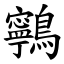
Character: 鸋